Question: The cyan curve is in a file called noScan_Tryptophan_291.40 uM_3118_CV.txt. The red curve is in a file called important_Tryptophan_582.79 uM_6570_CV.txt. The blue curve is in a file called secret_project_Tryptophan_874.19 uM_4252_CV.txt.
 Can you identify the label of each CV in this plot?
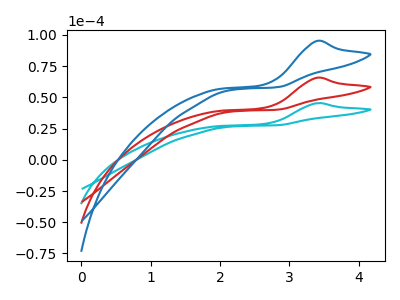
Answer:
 <answer>The cyan curve is labeled "Tryptophan_291.40 uM". The red curve is labeled "Tryptophan_582.79 uM". The blue curve is labeled "Tryptophan_874.19 uM".</answer>
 <eval></eval>